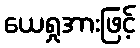
ယေရှုအားဖြင့်